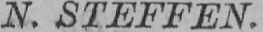
N. STEFFEN.